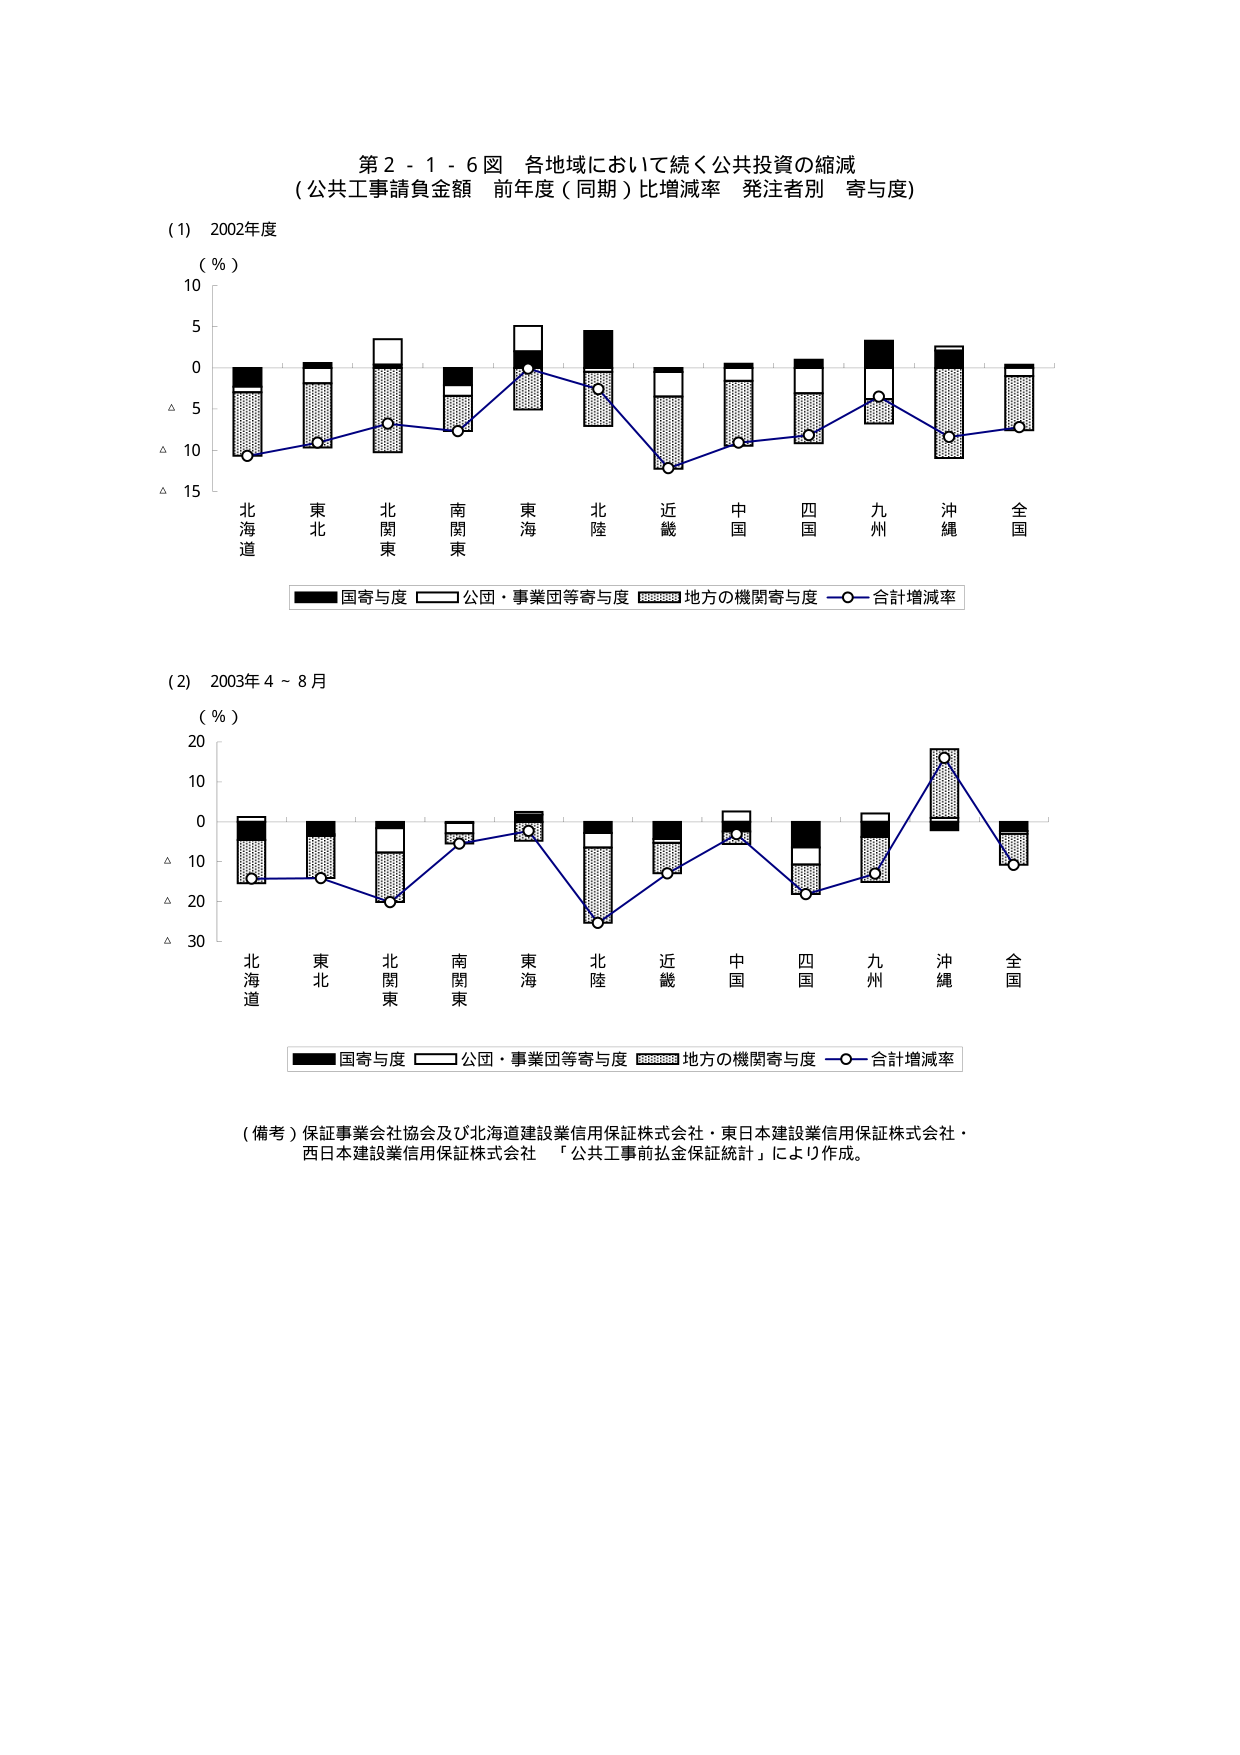
第２－１－６図 各地域において続く公共投資の縮減
（公共工事請負金額 前年度（同期）比増減率 発注者別 寄与度）

(1) 2002年度
（％）
10
5
0
△5
△10
△15

北海道 東北 北関東 南関東 東海 北陸 近畿 中国 四国 九州 沖縄 全国

■国寄与度 □公団・事業団等寄与度 □□□□□地方の機関寄与度 —○—合計増減率

(2) 2003年4～8月
（％）
20
10
0
△10
△20
△30

北海道 東北 北関東 南関東 東海 北陸 近畿 中国 四国 九州 沖縄 全国

■国寄与度 □公団・事業団等寄与度 □□□□□地方の機関寄与度 —○—合計増減率

（備考）保証事業会社協会及び北海道建設業信用保証株式会社・東日本建設業信用保証株式会社・西日本建設業信用保証株式会社 「公共工事前払金保証統計」により作成。